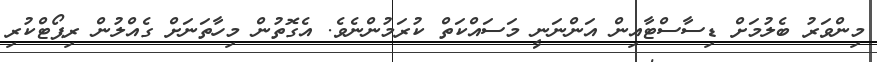
މިންވަރު ބެލުމަށް ޑިސާސްޓާއިން އަންނަނީ މަސައްކަތް ކުރަމުންނެވެ. އެގޮތުން މިހާތަނަށް ގެއްލުން ރިޕޯޓްކުރި